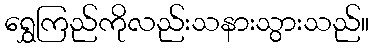
ရွှေကြည်ကိုလည်းသနားသွားသည်။